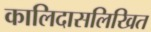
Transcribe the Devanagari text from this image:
कालिदासलिखित